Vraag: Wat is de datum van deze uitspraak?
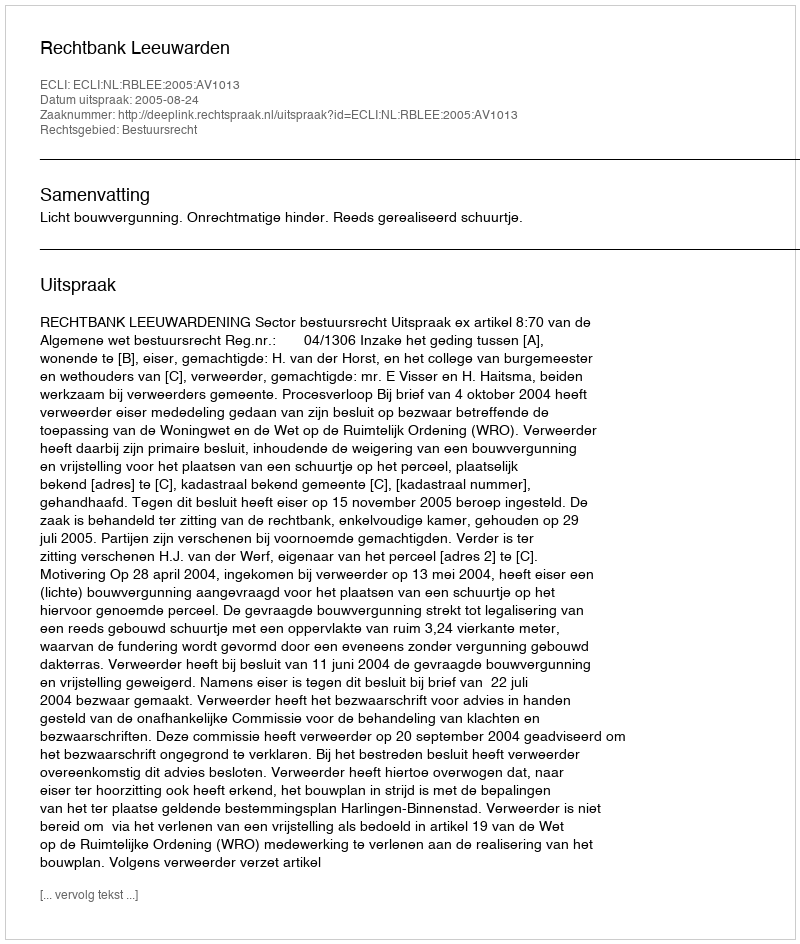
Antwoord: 2005-08-24